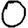
Digit: 0